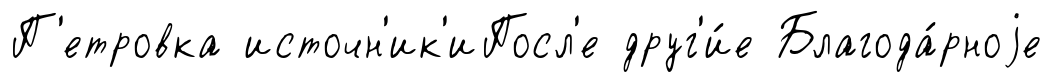
П'етровка источн'ик'иПосл'е друг'и́е Благода́рноjе